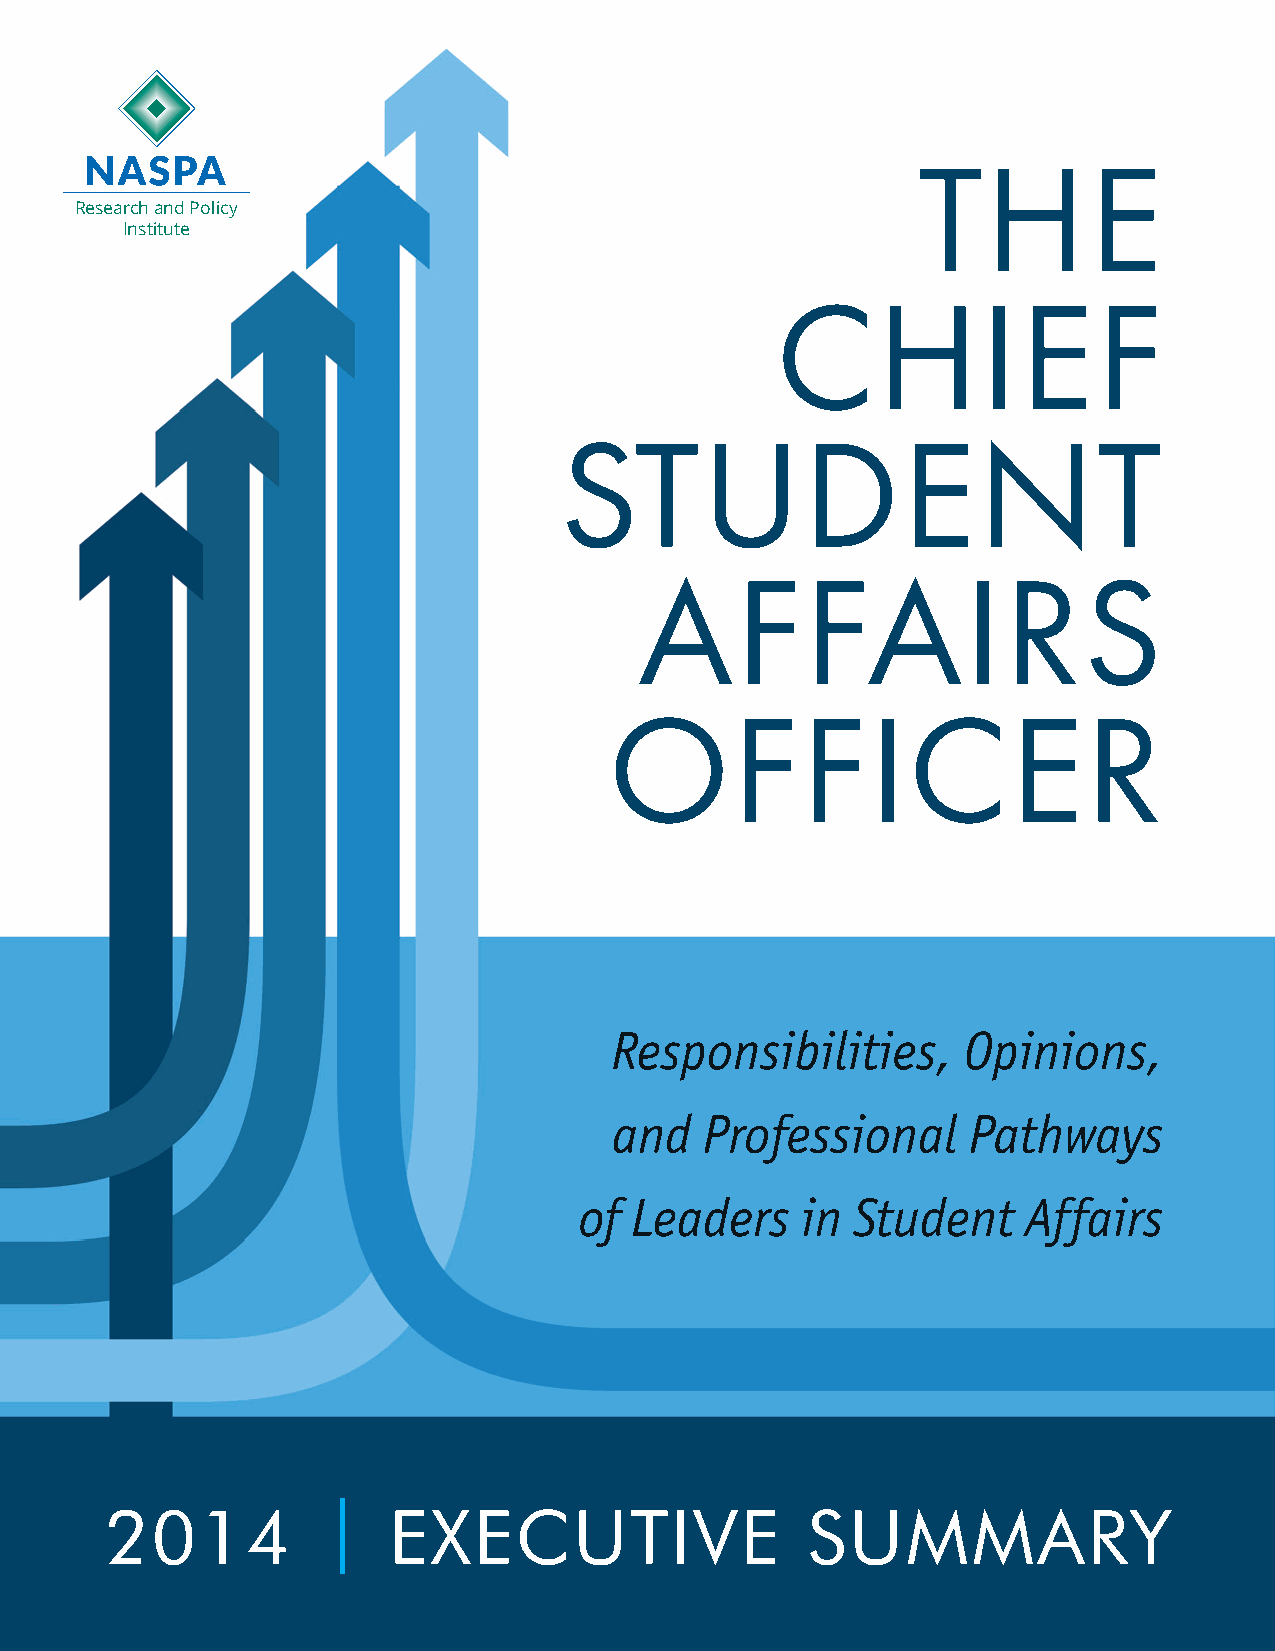
THE
 Research and Policy
 Institute
 CHIEF
 STUDENT
 AFFAIRS
 OFFICER
 Responsibilities,       Opinions,
 and  Professional      Pathways
 of  Leaders    in Student     Affairs
 |
 2014               EXECUTIVE                  SUMMARY